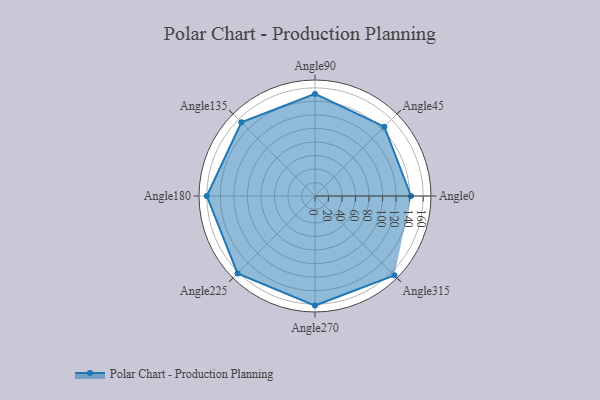
{"axis": {"x": "Angle", "y": "Radius"}, "legend": [""], "data": [{"x": "Angle0", "y": 142.0, "type": ""}, {"x": "Angle45", "y": 145.0, "type": ""}, {"x": "Angle90", "y": 151.0, "type": ""}, {"x": "Angle135", "y": 154.0, "type": ""}, {"x": "Angle180", "y": 160.0, "type": ""}, {"x": "Angle225", "y": 162.0, "type": ""}, {"x": "Angle270", "y": 162.0, "type": ""}, {"x": "Angle315", "y": 166.0, "type": ""}]}